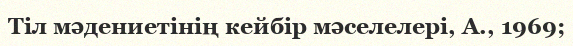
Тіл мәдениетінің кейбір мәселелері, А., 1969;